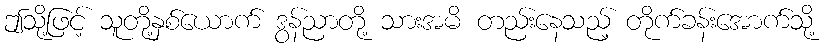
ဤသို့ဖြင့် သူတို့နှစ်ယောက် ဒွန်ညာတို့ သားအမိ တည်းနေသည့် တိုက်ခန်းအောက်သို့